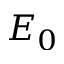
E _ { 0 }